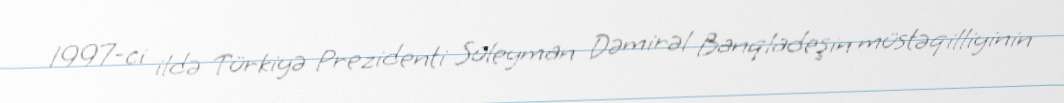
1997-ci ildə Türkiyə Prezidenti Süleyman Dəmirəl Banqladeşin müstəqilliyinin